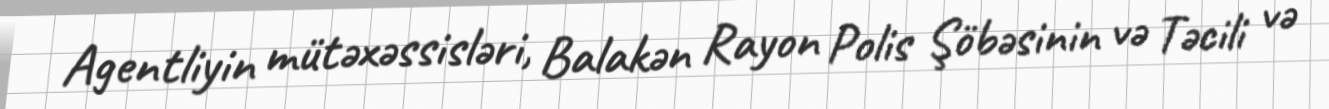
Agentliyin mütəxəssisləri, Balakən Rayon Polis Şöbəsinin və Təcili və